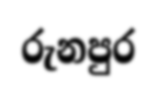
රුනපුර